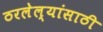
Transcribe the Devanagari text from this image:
ठरलेल्यांसाठी